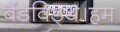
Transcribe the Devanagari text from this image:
बैंडविड्थ।हम